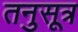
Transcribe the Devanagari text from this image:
तनुसूत्र